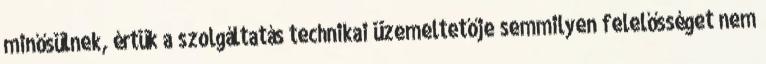
minősülnek, értük a szolgáltatás technikai üzemeltetője semmilyen felelősséget nem